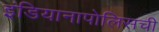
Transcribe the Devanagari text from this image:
इंडियानापोलिसची